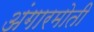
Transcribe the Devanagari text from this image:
अंगारमोती